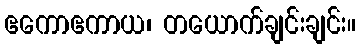
ဧကောဧကာယ၊ တယောက်ချင်းချင်း။